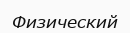
Физический